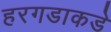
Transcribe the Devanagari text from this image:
हरगडाकडे